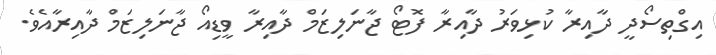
އިގްތިސޯދީ ދާއިރާ ކުޅިވަރު ދާއިރާ ފޮޓޯ ޖާނަލިޒަމް ދާއިރާ ވީޑިއޯ ޖާނަލިޒަމް ދާއިރާއެވެ.